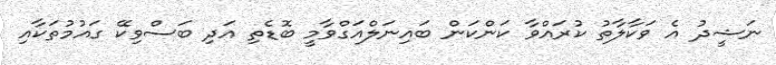
ނަޝީދު އެ ވަކާލާތު ކުރައްވާ ކަންކަން ބައިނަލްއަގްވާމީ ބޮޑެތި އަދި ބަސްވިކޭ ގައުމުތަކާއި